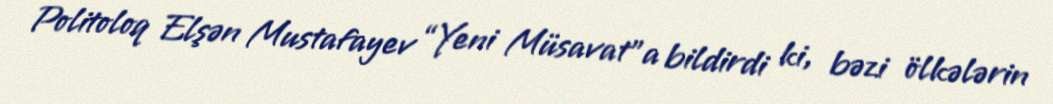
Politoloq Elşən Mustafayev “Yeni Müsavat”a bildirdi ki, bəzi ölkələrin